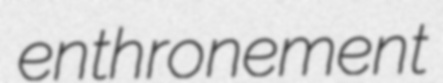
enthronement